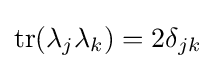
\operatorname {tr} (\lambda _{j}\lambda _{k})=2\delta _{jk}